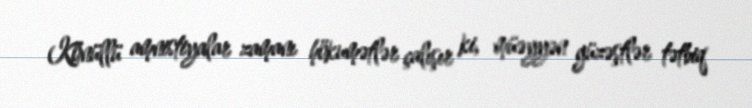
Könüllü amnistiyalar zamanı hökumətlər çalışır ki, müəyyən güzəştlər tətbiq